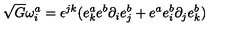
\sqrt { G } \omega _ { i } ^ { a } = \epsilon ^ { j k } ( e _ { k } ^ { a } e ^ { b } \partial _ { i } e _ { j } ^ { b } + e ^ { a } e _ { i } ^ { b } \partial _ { j } e _ { k } ^ { b } )